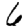
Digit: 6